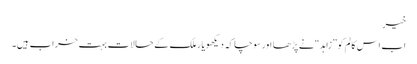
خیر
اب اس کالم کو ”زاہد“ نے پڑھا اور سوچا کہ دیکھو یار ملک کے حالات بہت خراب ہیں۔